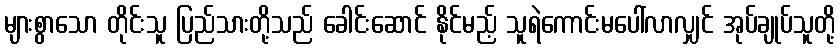
များစွာသော တိုင်းသူ ပြည်သားတို့သည် ခေါင်းဆောင် နိုင်မည့် သူရဲကောင်းမပေါ်လာလျှင် အုပ်ချုပ်သူတို့